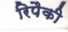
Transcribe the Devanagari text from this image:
रिपैकी